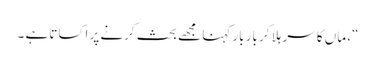
“، ماں کا سر ہلا کر بار بار کہنا مجھے بحث کرنے پر اکساتا ہے ۔